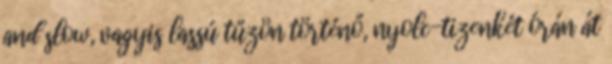
and slow, vagyis lassú tűzön történő, nyolc-tizenkét órán át